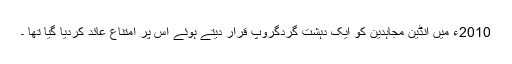
2010ء میں انڈین مجاہدین کو ایک دہشت گردگروپ قرار دیتے ہوئے اس پر امتناع عائد کردیا گیا تھا ۔